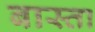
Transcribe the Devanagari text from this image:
बास्ता